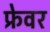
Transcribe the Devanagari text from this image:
फ्रेवर